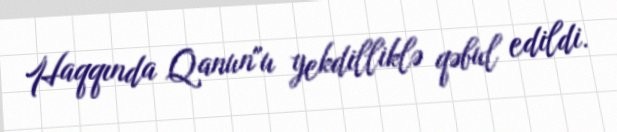
Haqqında Qanun"u yekdilliklə qəbul edildi.